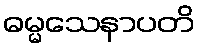
ဓမ္မသေနာပတိ